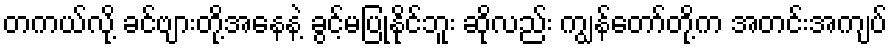
တကယ်လို့ ခင်ဗျားတို့အနေနဲ့ ခွင့်မပြုနိုင်ဘူး ဆိုလည်း ကျွန်တော်တို့က အတင်းအကျပ်